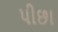
પીછા